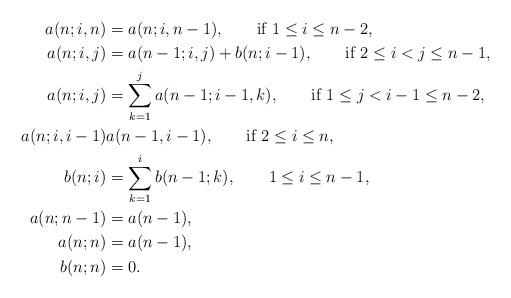
LaTeX: \begin{align*}a(n;i,n)&=a(n;i,n-1),\qquad\mbox{if $1\leq i\leq n-2$},\\a(n;i,j)&=a(n-1;i,j)+b(n;i-1),\qquad\mbox{if $2\leq i<j\leq n-1$},\\a(n;i,j)&=\sum_{k=1}^ja(n-1;i-1,k),\qquad\mbox{if $1\leq j<i-1\leq n-2$},\\a(n;i,i-1)&a(n-1,i-1),\qquad\mbox{if $2\leq i\leq n$},\\b(n;i)&=\sum_{k=1}^ib(n-1;k),\qquad\mbox{$1\leq i\leq n-1$},\\a(n;n-1)&=a(n-1),\\a(n;n)&=a(n-1),\\b(n;n)&=0.\end{align*}